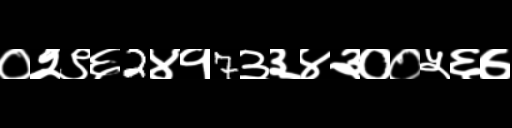
Text: ०२९६2४१7३३४३००५६७